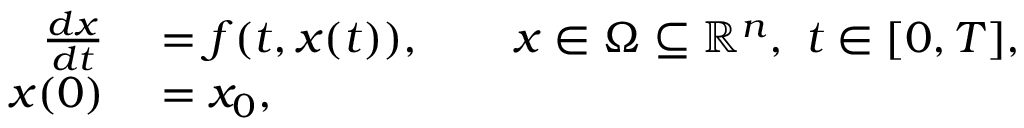
\begin{array} { r l } { \frac { d x } { d t } } & { { } = f ( t , x ( t ) ) , \qquad x \in \Omega \subseteq \mathbb { R } ^ { n } , \ t \in [ 0 , T ] , } \\ { x ( 0 ) } & { { } = x _ { 0 } , } \end{array}